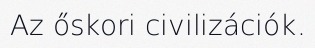
Az őskori civilizációk.